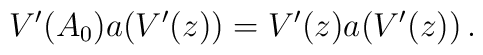
V'(A_0)a\bigl(V'(z)\bigr)=V'(z)a\bigl(V'(z)\bigr)\,.